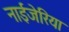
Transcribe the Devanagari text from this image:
नाईजेरिया